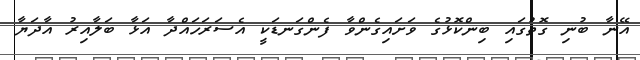
އޭނާ ބުނި ގޮތުގައި ބިންކޮޅުގެ ވަށައިގެންވާ ފެންގަނޑަކީ އެސަރަހައްދާ އަޅާ ބަލާއިރު އާދަޔާ